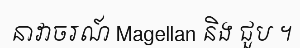
នាវាចរណ៍ Magellan និង ជួប ។